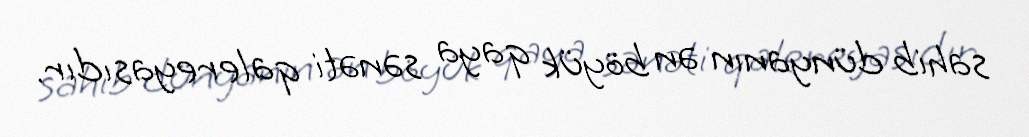
sahib dünyanın ən böyük qaya sənəti qalereyasıdır.